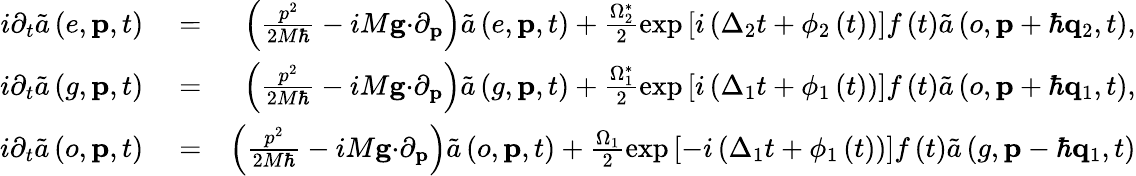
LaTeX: \begin{array}{rlr}{i\partial_{t}\tilde{a}\left(e,\mathbf{p},t\right)}&{{}=}&{\left(\frac{p^{2}}{2M\hbar}-iM\mathbf{g\cdot}\partial_{\mathbf{p}}\right)\tilde{a}\left(e,\mathbf{p},t\right)+\frac{\Omega_{2}^{\ast}}{2}\exp\left[i\left(\Delta_{2}t+\phi_{2}\left(t\right)\right)\right]f\left(t\right)\tilde{a}\left(o,\mathbf{p}+\hbar\mathbf{q}_{2},t\right),}\\ {i\partial_{t}\tilde{a}\left(g,\mathbf{p},t\right)}&{{}=}&{\left(\frac{p^{2}}{2M\hbar}-iM\mathbf{g\cdot}\partial_{\mathbf{p}}\right)\tilde{a}\left(g,\mathbf{p},t\right)+\frac{\Omega_{1}^{\ast}}{2}\exp\left[i\left(\Delta_{1}t+\phi_{1}\left(t\right)\right)\right]f\left(t\right)\tilde{a}\left(o,\mathbf{p}+\hbar\mathbf{q}_{1},t\right),}\\ {i\partial_{t}\tilde{a}\left(o,\mathbf{p},t\right)}&{{}=}&{\left(\frac{p^{2}}{2M\hbar}-iM\mathbf{g\cdot}\partial_{\mathbf{p}}\right)\tilde{a}\left(o,\mathbf{p},t\right)+\frac{\Omega_{1}}{2}\exp\left[-i\left(\Delta_{1}t+\phi_{1}\left(t\right)\right)\right]f\left(t\right)\tilde{a}\left(g,\mathbf{p}-\hbar\mathbf{q}_{1},t\right)}\end{array}